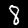
Label: 8